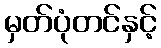
မှတ်ပုံတင်နှင့်